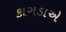
કાગડાએ